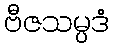
ဗီဇသမ္ပဒံ